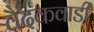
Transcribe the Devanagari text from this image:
वैदकवाडी